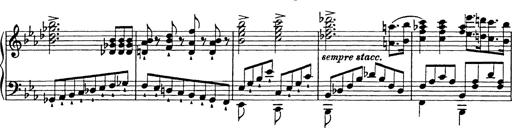
Title: Festmarsch zur SÃ¤cularfeier von Goethes Geburtstag
Composer: Franz Liszt